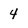
Character: 4